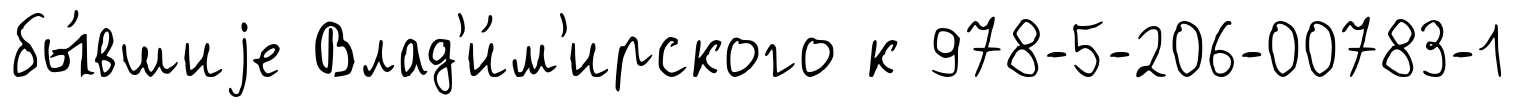
бы́вшиjе Влад'и́м'ирского к 978-5-206-00783-1